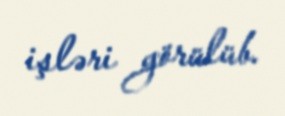
işləri görülüb.